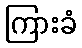
ကြားခံ